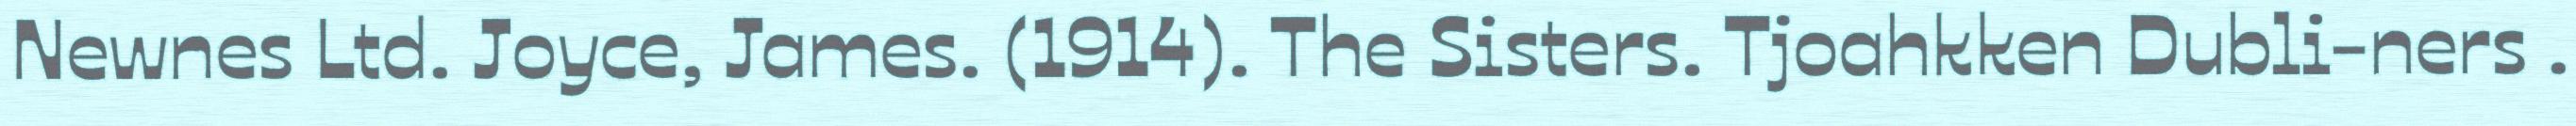
Newnes Ltd. Joyce, James. (1914). The Sisters. Tjoahkken Dubli-ners .